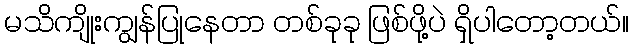
မသိကျိုးကျွန်ပြုနေတာ တစ်ခုခု ဖြစ်ဖို့ပဲ ရှိပါတော့တယ်။